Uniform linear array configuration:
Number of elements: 4
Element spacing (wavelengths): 0.25
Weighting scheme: cosine
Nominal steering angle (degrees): -60
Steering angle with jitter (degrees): -59.78
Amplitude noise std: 0.05
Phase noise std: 0.05

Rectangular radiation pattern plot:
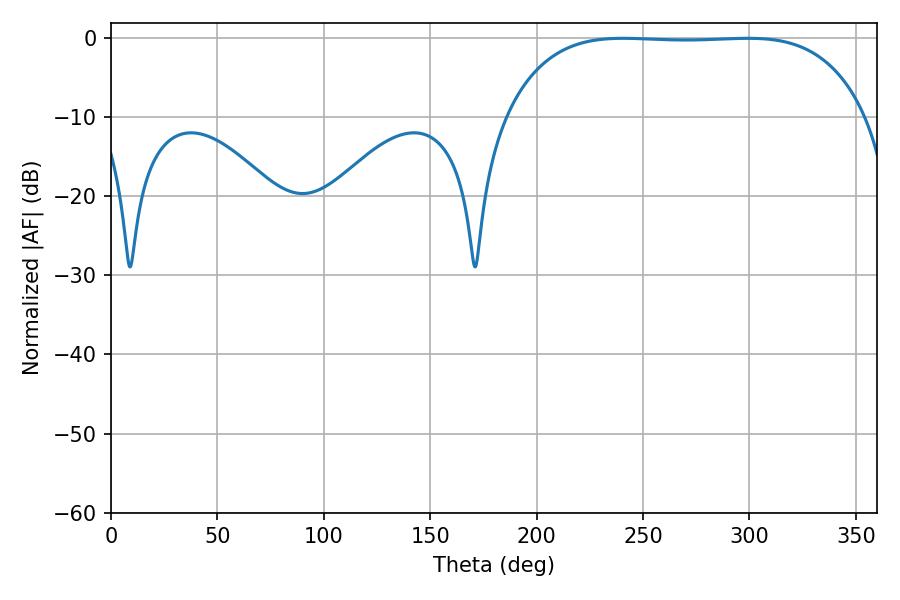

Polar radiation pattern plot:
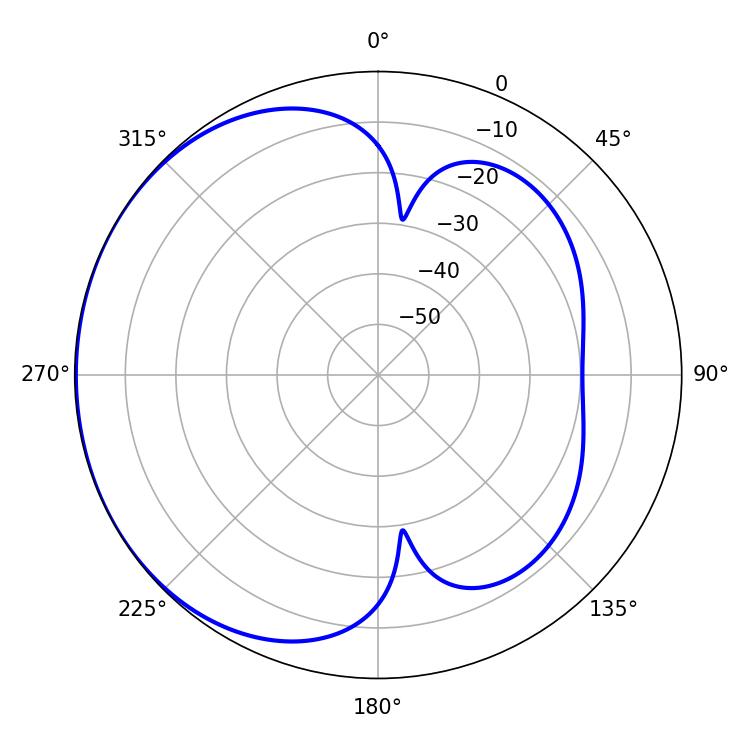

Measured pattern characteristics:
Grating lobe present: FALSE
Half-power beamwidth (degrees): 131.76
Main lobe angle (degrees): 240.66